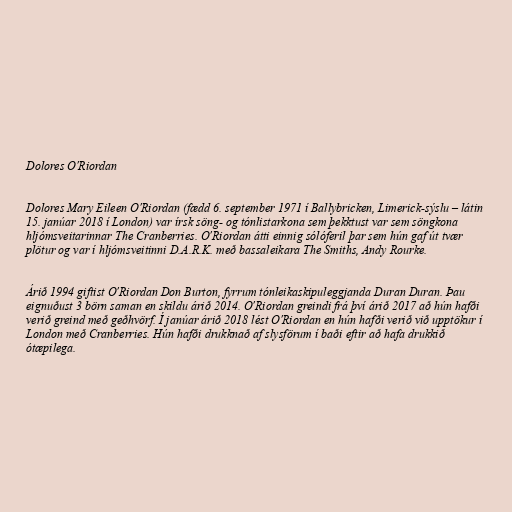
Dolores O'Riordan

Dolores Mary Eileen O'Riordan (fædd 6. september 1971 í Ballybricken, Limerick-sýslu – látin
15. janúar 2018 í London) var írsk söng- og tónlistarkona sem þekktust var sem söngkona
hljómsveitarinnar The Cranberries. O'Riordan átti einnig sólóferil þar sem hún gaf út tvær
plötur og var í hljómsveitinni D.A.R.K. með bassaleikara The Smiths, Andy Rourke.

Árið 1994 giftist O'Riordan Don Burton, fyrrum tónleikaskipuleggjanda Duran Duran. Þau
eignuðust 3 börn saman en skildu árið 2014. O'Riordan greindi frá því árið 2017 að hún hafði
verið greind með geðhvörf. Í janúar árið 2018 lést O'Riordan en hún hafði verið við upptökur í
London með Cranberries. Hún hafði drukknað af slysförum í baði eftir að hafa drukkið
ótæpilega.